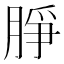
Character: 㬹